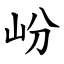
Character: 岎